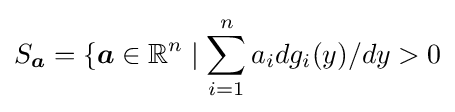
S_{\boldsymbol {a}}=\{{\boldsymbol {a}}\in \mathbb {R} ^{n}\mid \sum _{i=1}^{n}a_{i}dg_{i}(y)/dy>0